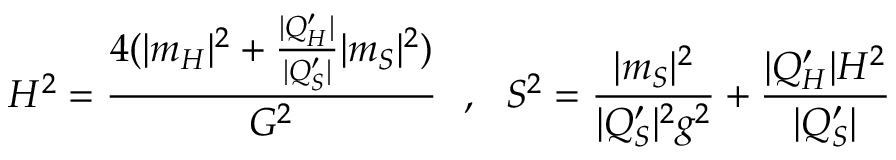
H ^ { 2 } = { \frac { 4 ( | m _ { H } | ^ { 2 } + { \frac { | Q _ { H } ^ { \prime } | } { | Q _ { S } ^ { \prime } | } } | m _ { S } | ^ { 2 } ) } { G ^ { 2 } } } \ \ , \ \ S ^ { 2 } = { \frac { | m _ { S } | ^ { 2 } } { | Q _ { S } ^ { \prime } | ^ { 2 } g ^ { 2 } } } + { \frac { | Q _ { H } ^ { \prime } | H ^ { 2 } } { | Q _ { S } ^ { \prime } | } }